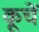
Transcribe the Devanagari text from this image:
कूचें